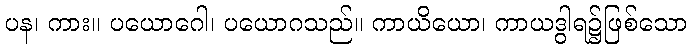
ပန၊ ကား။ ပယောဂေါ၊ ပယောဂသည်။ ကာယိယော၊ ကာယဒွါရ၌ဖြစ်သော